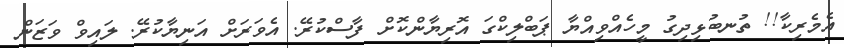
އެމެރިކާ!! ތުނބުޅިދިގު މީހެއްވިއްޔާ ޕަބްލިކްގަ އޮރިޔާންކޮށް ފާސްކުރޭ. އެވަރަށް އަނިޔާކުރޭ. ލައިވް ވަޒަން